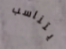
يتناسب